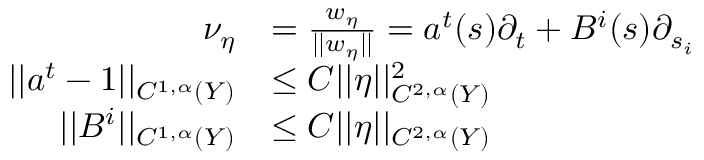
\begin{array} { r l } { \nu _ { \eta } } & { = \frac { w _ { \eta } } { | | w _ { \eta } | | } = a ^ { t } ( s ) \partial _ { t } + B ^ { i } ( s ) \partial _ { s _ { i } } } \\ { | | a ^ { t } - 1 | | _ { C ^ { 1 , \alpha } ( Y ) } } & { \leq C | | \eta | | _ { C ^ { 2 , \alpha } ( Y ) } ^ { 2 } } \\ { | | B ^ { i } | | _ { C ^ { 1 , \alpha } ( Y ) } } & { \leq C | | \eta | | _ { C ^ { 2 , \alpha } ( Y ) } } \end{array}